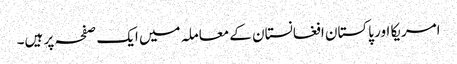
امریکا اور پاکستان افغانستان کے معاملہ میں ایک صفحہ پر ہیں۔